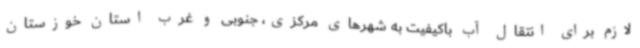
لازم برای انتقال آب باکیفیت به شهرهای مرکزی، جنوبی و غرب استان خوزستان